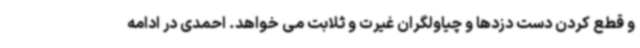
و قطع کردن دست دزدها و چیاولگران غیرت و ثلابت می خواهد. احمدی در ادامه